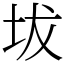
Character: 坺